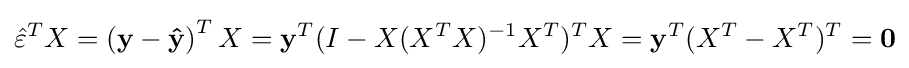
{\hat {\varepsilon }}^{T}X=\left(\mathbf {y} -\mathbf {\hat {y}} \right)^{T}X=\mathbf {y} ^{T}(I-X(X^{T}X)^{-1}X^{T})^{T}X={\mathbf {y} }^{T}(X^{T}-X^{T})^{T}={\mathbf {0} }